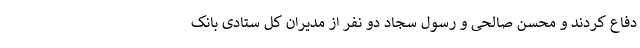
دفاع کردند و محسن صالحی و رسول سجاد دو نفر از مدیران کل ستادی بانک